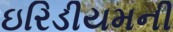
ઇરિડીયમની